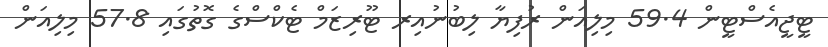
ޓީޖީއެސްޓީން 59.4 މިލިއަން ރުފިޔާ ލިބުނުއިރ ޓޫރިޒަމް ޓެކްސްގެ ގޮތުގައި 57.8 މިލިއަން